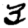
Digit: 3